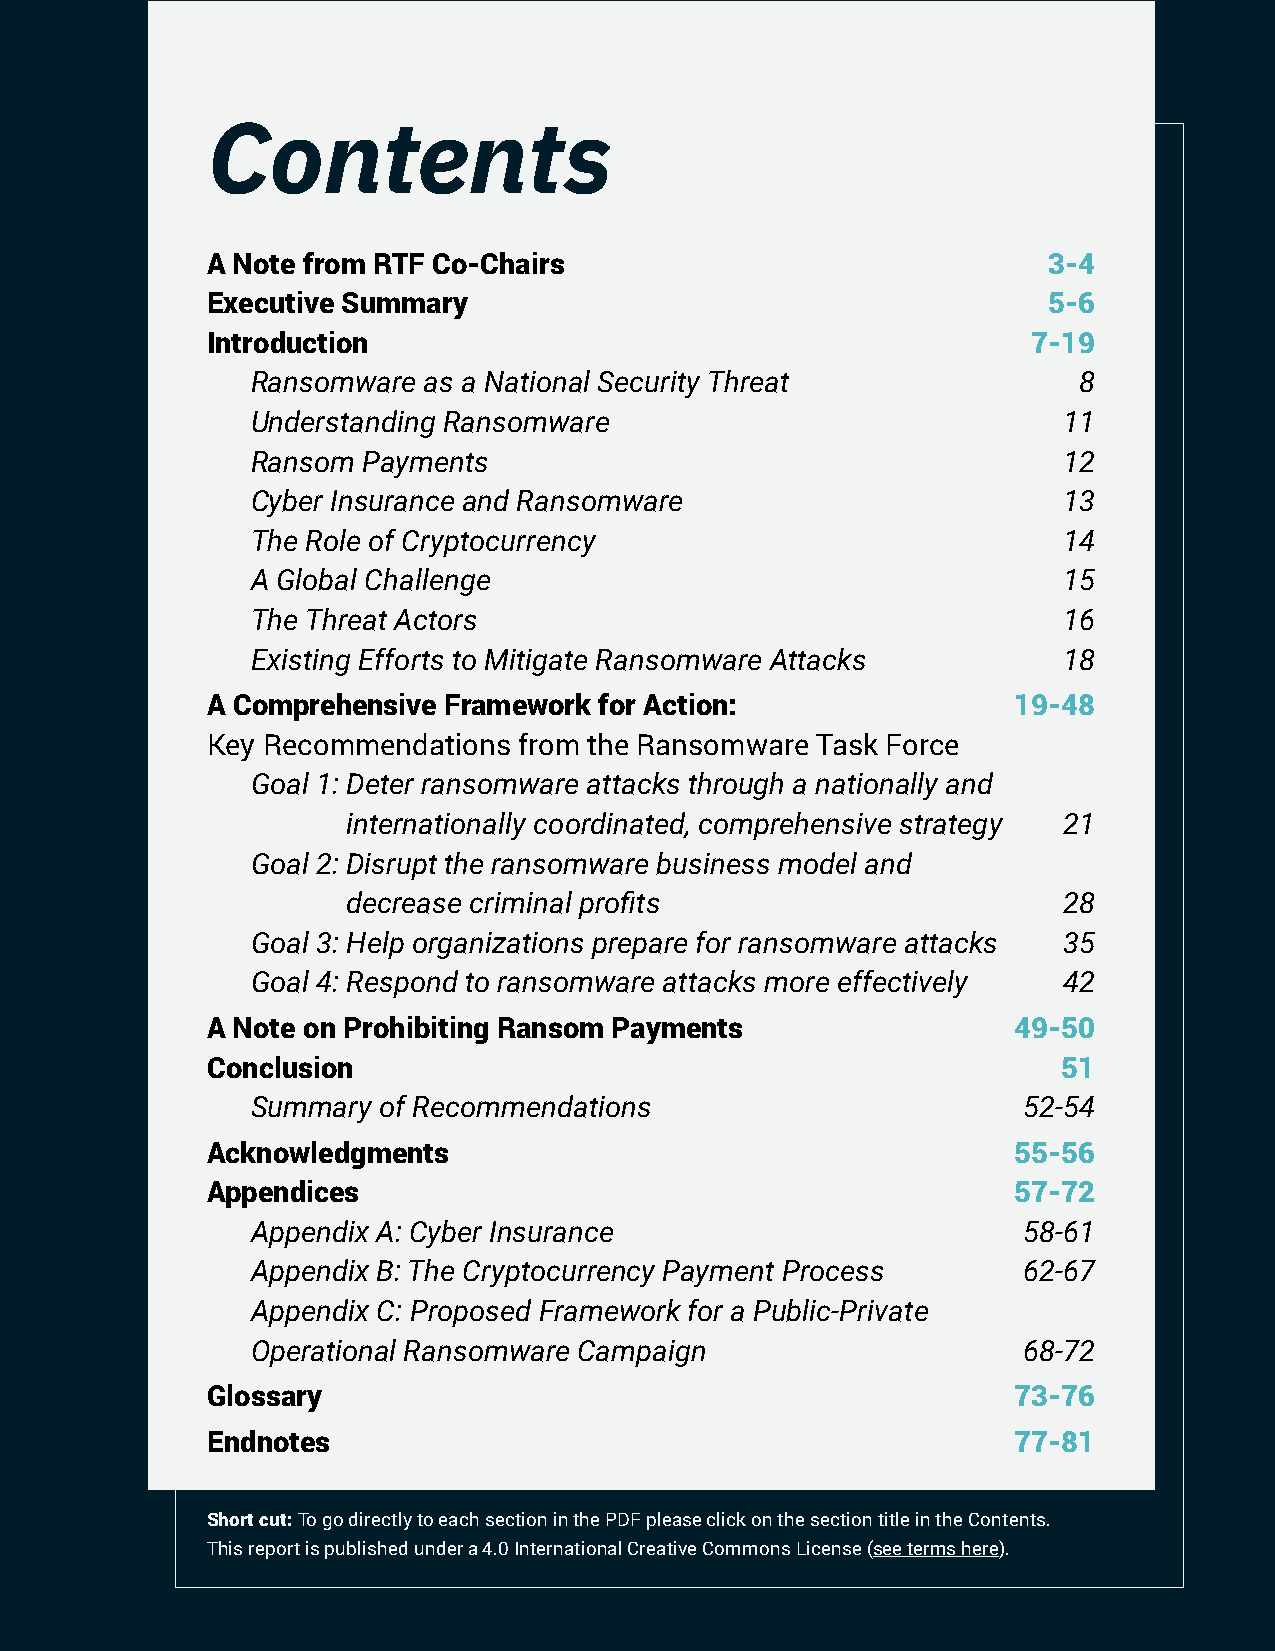
IST Combating Ransomware                                Chapter Title 2
 Contents
 A Note from RTF Co-Chairs                              3-4
 Executive Summary                                      5-6
 Introduction                                          7-19
 Ransomware as a National Security Threat              8
 Understanding Ransomware                             11
 Ransom Payments                                      12
 Cyber Insurance and Ransomware                       13
 The Role of Cryptocurrency                           14
 A Global Challenge                                   15
 The Threat Actors                                    16
 Existing Efforts to Mitigate Ransomware Attacks      18
 A Comprehensive Framework for Action:                19-48
 Key Recommendations from the Ransomware Task Force
 Goal 1: D eter ransomware attacks through a nationally and
 internationally coordinated, comprehensive strategy 21
 Goal 2: D isrupt the ransomware business model and
 decrease criminal profits                      28
 Goal 3: Help organizations prepare for ransomware attacks 35
 Goal 4: Respond to ransomware attacks more effectively 42
 A Note on Prohibiting Ransom Payments                49-50
 Conclusion                                              51
 Summary of Recommendations                         52-54
 Acknowledgments                                      55-56
 Appendices                                           57-72
 Appendix A: Cyber Insurance                        58-61
 Appendix B: The Cryptocurrency Payment Process     62-67
 Appendix C: Proposed Framework for a Public-Private
 Operational Ransomware Campaign                    68-72
 Glossary                                             73-76
 Endnotes                                             77-81
 Short cut: To go directly to each section in the PDF please click on the section title in the Contents.
 This report is published under a 4.0 International Creative Commons License (see terms here).